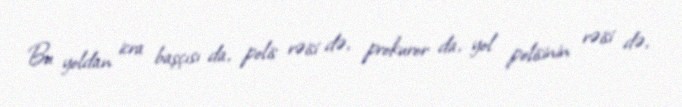
Bu yoldan icra başçısı da, polis rəisi də, prokuror da, yol polisinin rəisi də,